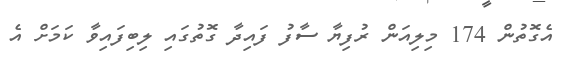
އެގޮތުން 174 މިލިއަން ރުފިޔާ ސާފު ފައިދާ ގޮތުގައި ލިބިފައިވާ ކަމަށް އެ